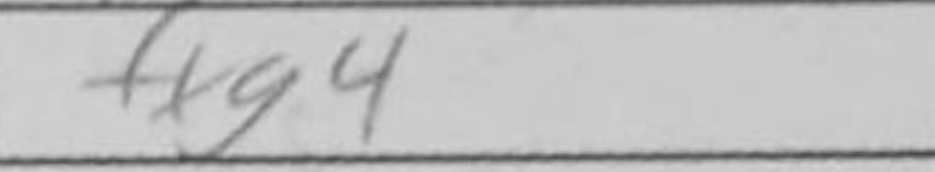
Transcription: fxg4